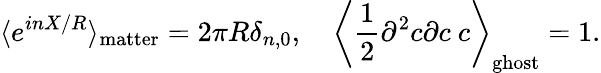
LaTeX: \langle e^{inX/R}\rangle_{\mathrm{matter}}=2\pi R\delta_{n,0},\quad\left\langle\frac{1}{2}\partial^{2}c\partial c\ c\right\rangle_{\mathrm{ghost}}=1.